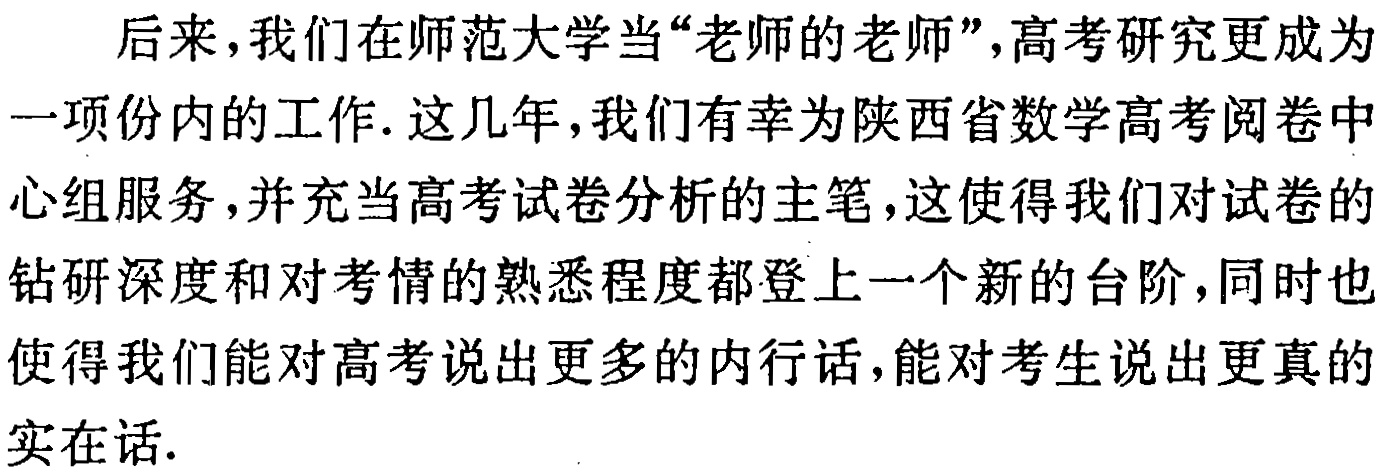
后来，我们在师范大学当“老师的老师”，高考研究更成为

一项份内的工作. 这几年，我们有幸为陕西省数学高考阅卷中

心组服务，并充当高考试卷分析的主笔，这使得我们对试卷的

钻研深度和对考情的熟悉程度都登上一个新的台阶，同时也

使得我们能对高考说出更多的内行话，能对考生说出更真的

实在话.